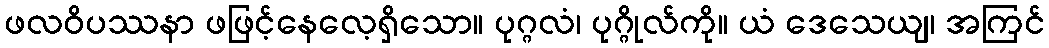
ဖလဝိပဿနာ ဖဖြင့်နေလေ့ရှိသော။ ပုဂ္ဂလံ၊ ပုဂ္ဂိုလ်ကို။ ယံ ဒေသေယျ၊ အကြင်